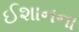
ઈશાનના